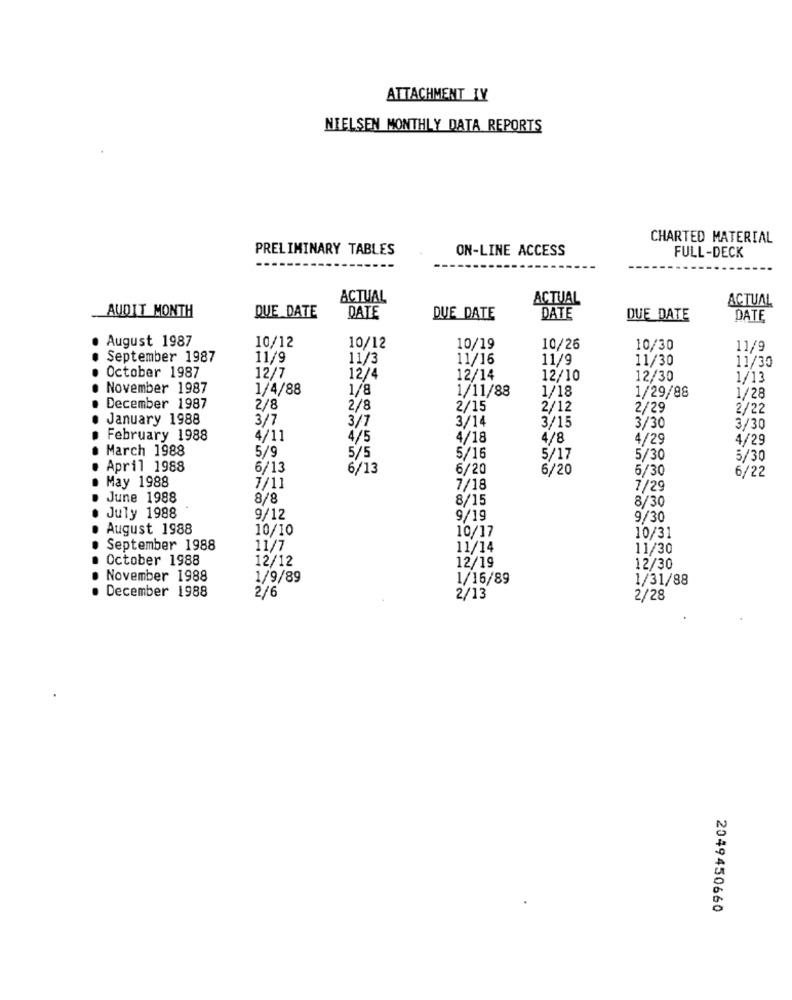
ATTACHMENT IV
NIELSEN MONTHLY DATA REPORTS
CHARTED MATERIAL
PRELIMINARY TABLES
ON-LINE ACCESS
FULL-DECK
ACTUAL
ACTUAL
ACTUAL
AUDIT MONTH
QUE DATE
DATE
DUE DATE
DATE
DUE DATE
DATE
August 1987
10/12
10/12
10/19
10/26
10/30
11/9
September 1987
11/9
11/3
11/16
11/9
11/30
11/30
October 1987
12/7
12/4
12/14
12/10
12/30
1/13
November 1987
1/4/88
1/8
1/11/88
1/18
1/29/88
1/28
December 1987
2/8
2/8
2/15
2/12
2/29
2/22
January 1988
3/7
3/7
3/14
3/15
3/30
3/30
February 1988
4/11
4/5
4/18
4/8
4/29
4/29
March 1988
5/9
5/5
5/16
5/17
5/30
5/30
April 1988
6/13
6/13
6/20
6/20
5/30
6/22
May 1988
7/11
7/18
7/29
June 1988
8/8
8/15
8/30
July 1988
9/12
9/19
9/30
August 1988
10/10
10/17
10/31
September 1988
11/7
11/14
11/30
October 1988
12/19
12/12
12/30
November 1988
1/9/89
1/16/89
1/31/88
December 1988
2/6
2/13
2/28
2049450660